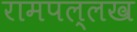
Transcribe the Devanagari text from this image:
रामपल्लख